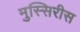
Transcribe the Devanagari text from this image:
मुस्सिरीस